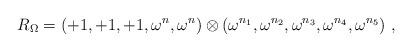
LaTeX: \begin{align*}R_{\Omega}=(+1, +1, +1, \omega^n, \omega^n)\otimes (\omega^{n_1}, \omega^{n_2}, \omega^{n_3},\omega^{n_4}, \omega^{n_5}) ~,~\,\end{align*}